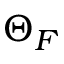
\Theta _ { F }